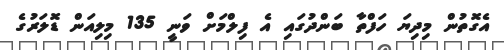
އެގޮތުން މިދިޔަ ހަފްތާ ބަންދުގައި އެ ފިލްމަށް ވަނީ 135 މިލިއަން ޑޮލަރުގެ